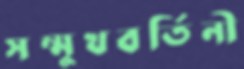
সম্মুখবর্তিনী